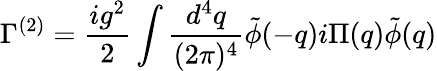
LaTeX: \Gamma^{(2)}=\frac{ig^{2}}{2}\int\frac{d^{4}q}{(2\pi)^{4}}\tilde{\phi}(-q)i\Pi(q)\tilde{\phi}(q)